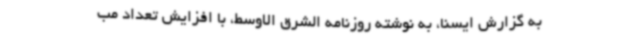
به گزارش ایسنا، به نوشته روزنامه الشرق الاوسط، با افزایش تعداد مب